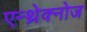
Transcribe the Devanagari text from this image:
एन्थ्रेक्नोज